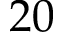
2 0